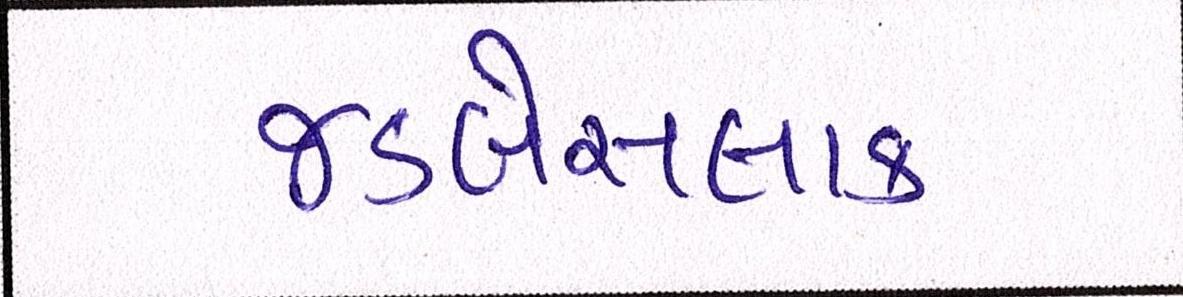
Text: જડબેસલાક